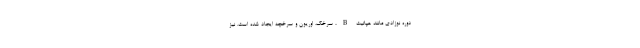
دوره نوزادی مانند هپاتیت B، سرخک، اوریون و سرخچه ایجاد شده است. نیز